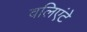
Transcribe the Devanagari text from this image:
वलिएंटे